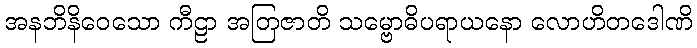
အနဘိနိဝေသော ကီဠာ အတြဇာတိ သမ္ဗောဓိပရာယနော လောဟိတဒေါဏိ